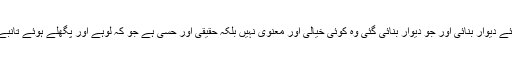
کس طرح ذوالقرنین نے اُس قوم کو یاجوج ماجوج کی یلغار سے بچانے کیلئے دیوار بنائی اور جو دیوار بنائی گئی وہ کوئی خیالی اور معنوی نہیں بلکہ حقیقی اور حسی ہے جو کہ لوہے اور پگھلے ہوئے تانبے سے بنائی گئی تھی جس سے وقتی طور پر یاجوج ماجوج کا فتنہ دب گیا۔